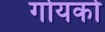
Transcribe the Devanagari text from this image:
गोयको